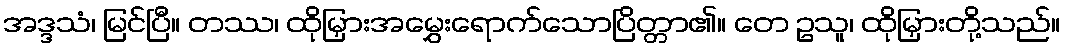
အဒ္ဒသံ၊ မြင်ပြီ။ တဿ၊ ထိုမြှားအမွှေးရောက်သောပြိတ္တာ၏။ တေ ဥသူ၊ ထိုမြှားတို့သည်။